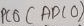
Text: ADC0